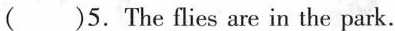
( )5. The flies are in the park.